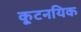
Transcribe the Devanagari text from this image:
कूटनयिक